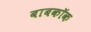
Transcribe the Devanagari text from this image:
बाबकॉक